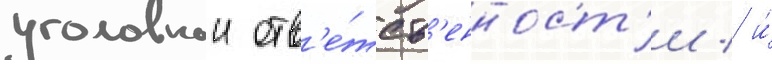
уголовнои отв'е́тств'енност'и / и́